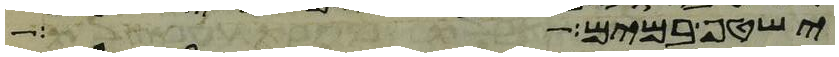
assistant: ישטף במים